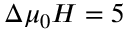
\Delta \mu _ { 0 } H = 5